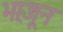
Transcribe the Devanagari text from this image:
भा़जून